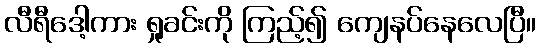
လီရီဒေါ့ကား ရှုခင်းကို ကြည့်၍ ကျေနပ်နေလေပြီ။